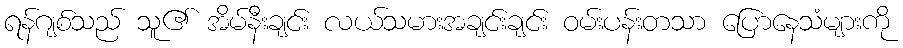
ရန်ဂျစ်သည် သူ၏ အိမ်နီးချင်း လယ်သမားအချင်းချင်း ဝမ်းပန်းတသာ ပြောနေသံများကို